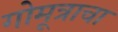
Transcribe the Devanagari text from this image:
गोमूत्राचा